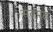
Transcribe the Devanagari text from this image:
संतपट